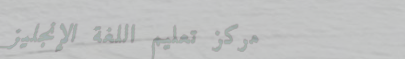
مركز تعليم اللغة الإنجليز